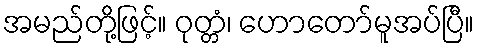
အမည်တို့ဖြင့်။ ဝုတ္တံ၊ ဟောတော်မူအပ်ပြီ။